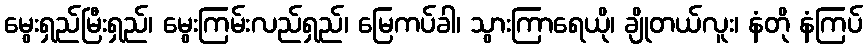
မွေးရှည်မြီးရှည်၊ မွေးကြမ်းလည်ရှည်၊ မြေကပ်ခါ၊ သွားကြာရေယို၊ ချိုတယ်လူး၊ နံတို နံကြပ်